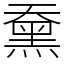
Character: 䵡